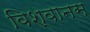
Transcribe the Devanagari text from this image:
विश्‍वानस